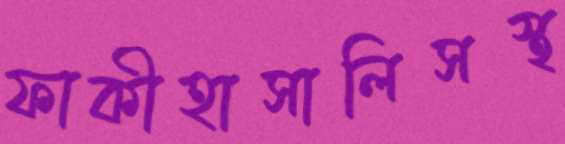
ফাকীহাসালিসস্থ